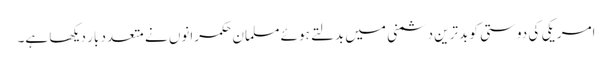
امریکی کی دوستی کو بدترین دشمنی میں بدلتے ہوئے مسلمان حکمرانوں نے متعدد بار دیکھا ہے۔